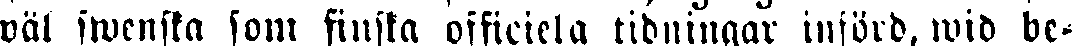
wäl swenska som finska officiela tidningar införd, wid be-